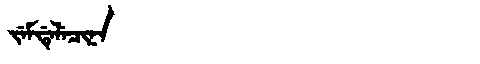
Manchu: ᠵᡝᠮᡩᡝᠯᡝᠴᡳᠨᠠ
Romanization: JEMDELECINA